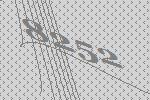
8252